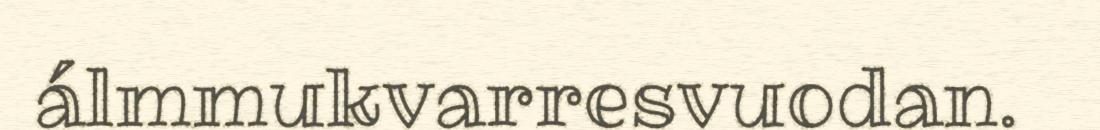
álmmukvarresvuodan.